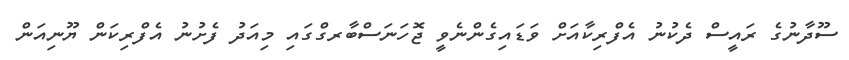
ސޫދާނުގެ ރައީސް ދެކުނު އެފްރިކާއަށް ވަޑައިގެންނެވީ ޖޮހަނަސްބާރގްގައި މިއަދު ފެށުނު އެފްރިކަން ޔޫނިއަން